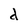
Character: d